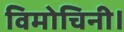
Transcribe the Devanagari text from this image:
विमोचिनी।